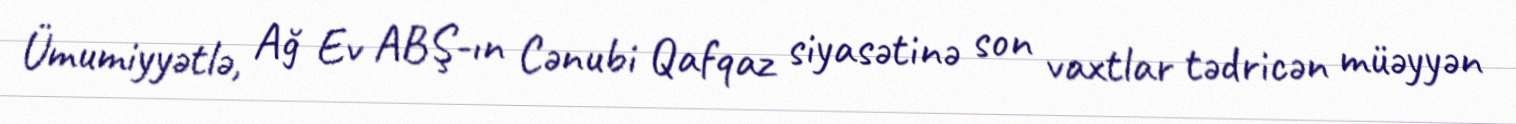
Ümumiyyətlə, Ağ Ev ABŞ-ın Cənubi Qafqaz siyasətinə son vaxtlar tədricən müəyyən